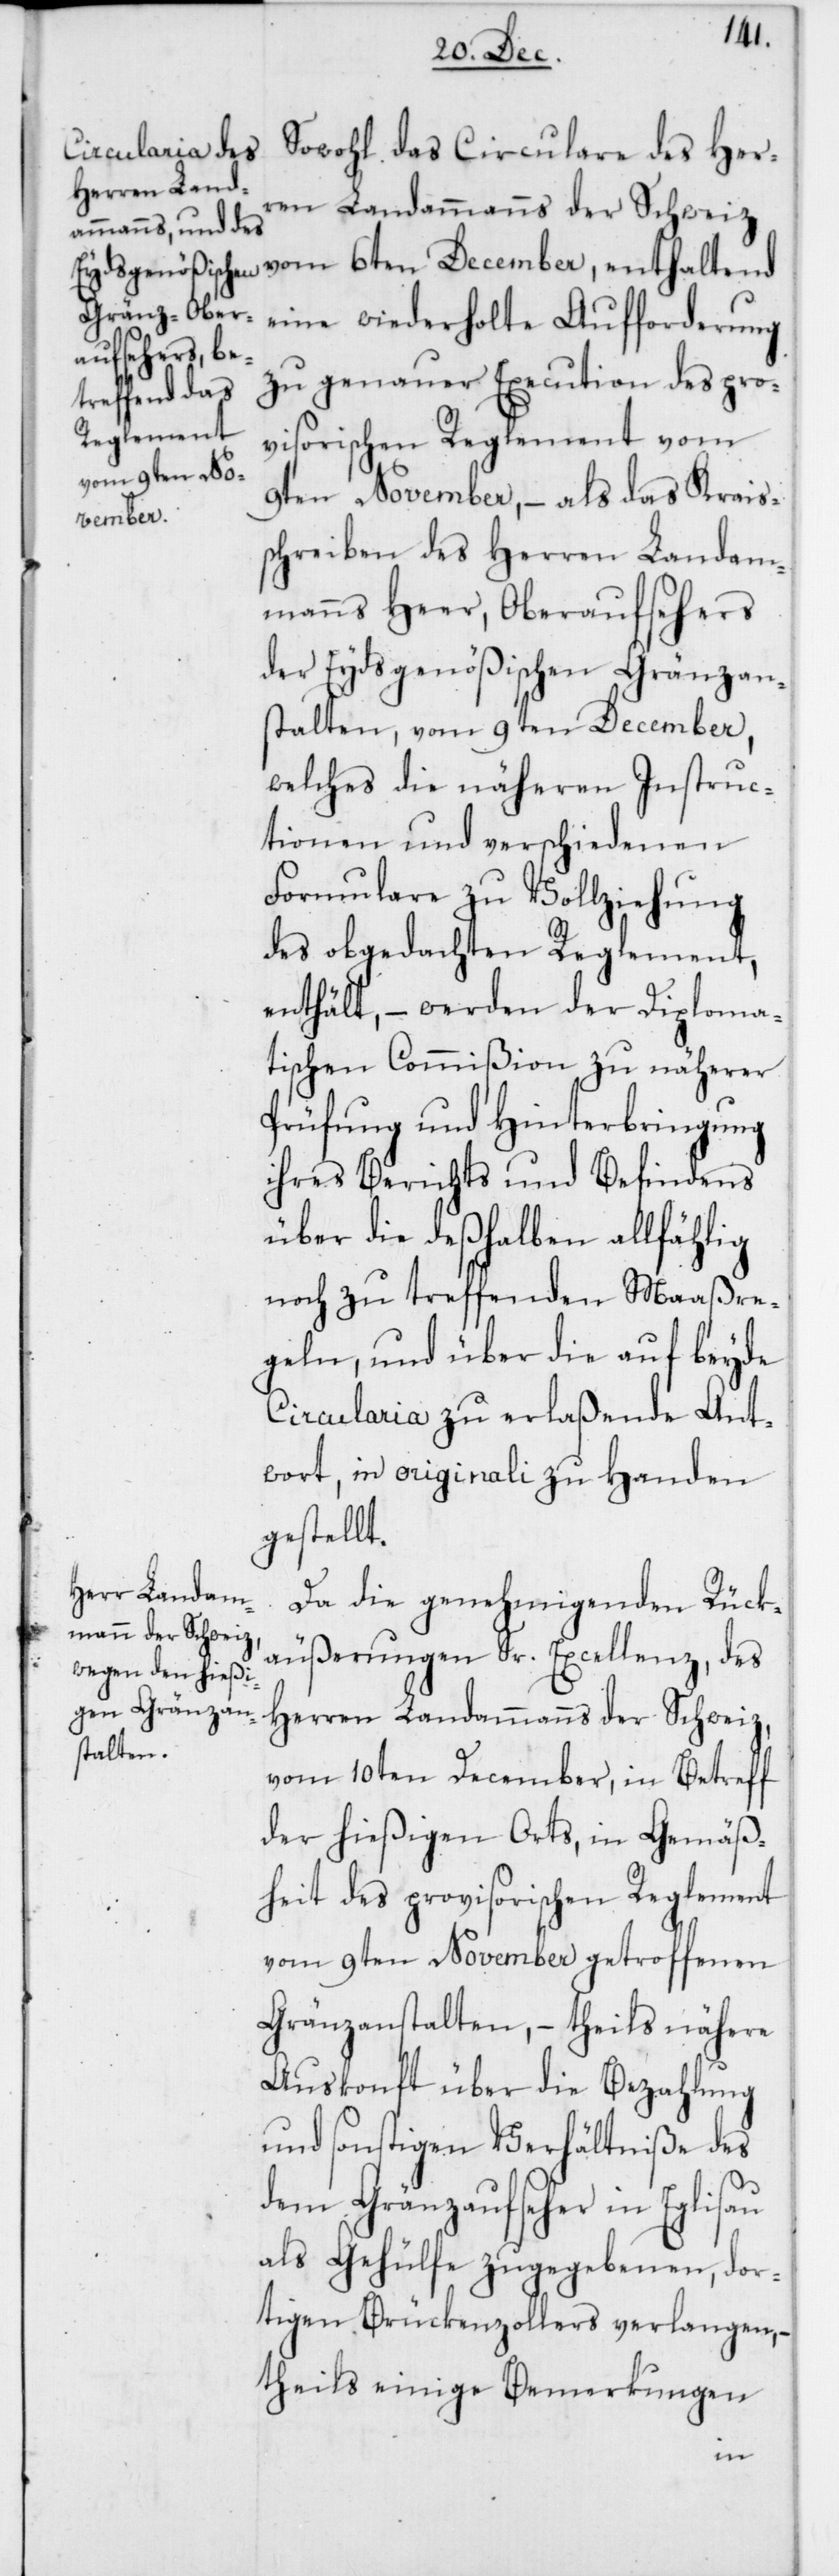
eine wiederholte Aufforderung
zu genauer Execution des pro¬
visorischen Reglement vom
vom 6ten D¬
9ten November, – als das Krais¬
ecember,
schreiben des Herren Landam¬
manns Heer, Oberaufseher
der Eydsgenößischen Gränzan¬
stalten, vom 9ten December,
welches die näheren Instruc¬
tionen und verschiedenen
Formulare zu Vollziehung
des obgedachten Reglement,
enthält, – werden der Diploma¬
tischen Commißion zu näherer
Prüfung und Hinterbringung
ihres Berichts und Befindens
über die deßhalben allfählig
noch zu treffenden Maaßre¬
geln, und über die auf beyde
Circularia zu erlaßende Ant¬
wort, in originali zu Handen
gestellt.
Da die genehmigenden Rük¬
äußerungen Sr. Excellenz, des
Herren Landammanns der Schweiz,
thaltend
vom 10ten December, in Betreff
der hießigen Orts, in Gemäß¬
heit des provisorischen Reglement
vom 9ten November getroffenen
Gränzanstalten, – theils nähere
Auskonft über die Bezahlung
und sonstigen Verhältniße des
dem Gränzaufseher in Eglisau
als Gehülfe zugegebenen, dor¬
tigen Brückenzollers verlangen,
theils einige Bemerkungen
en¬